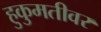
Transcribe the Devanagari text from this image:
हुकुमतीवर